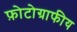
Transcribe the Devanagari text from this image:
फ़ोटोग्राफीय